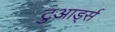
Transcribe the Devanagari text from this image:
टुआर्ड्स